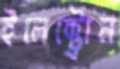
ইলেক্ট্রোন